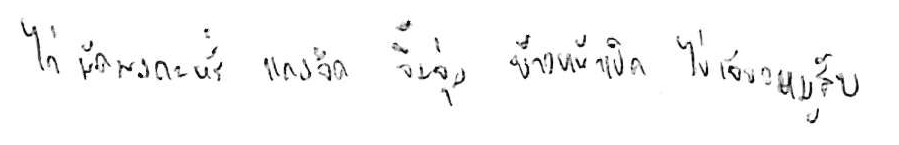
ไก่ผัดผงกะหรี่ แกงจืด จิ้มจุ่ม ข้าวหน้าเป็ด ไข่เจียวหมูสับ